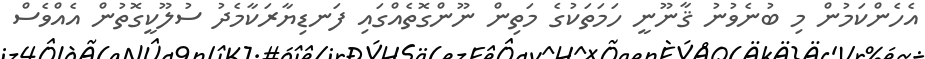
އެހެންކަމުން މި ބުނެވުނު ޤާނޫނީ ހަމަތަކުގެ މަތިން ނޫންގޮތެއްގައި ފަނޑިޔާރަކާމެދު ސުލޫކީގޮތުން އެއްވެސް